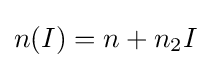
n(I)=n+n_{2}I